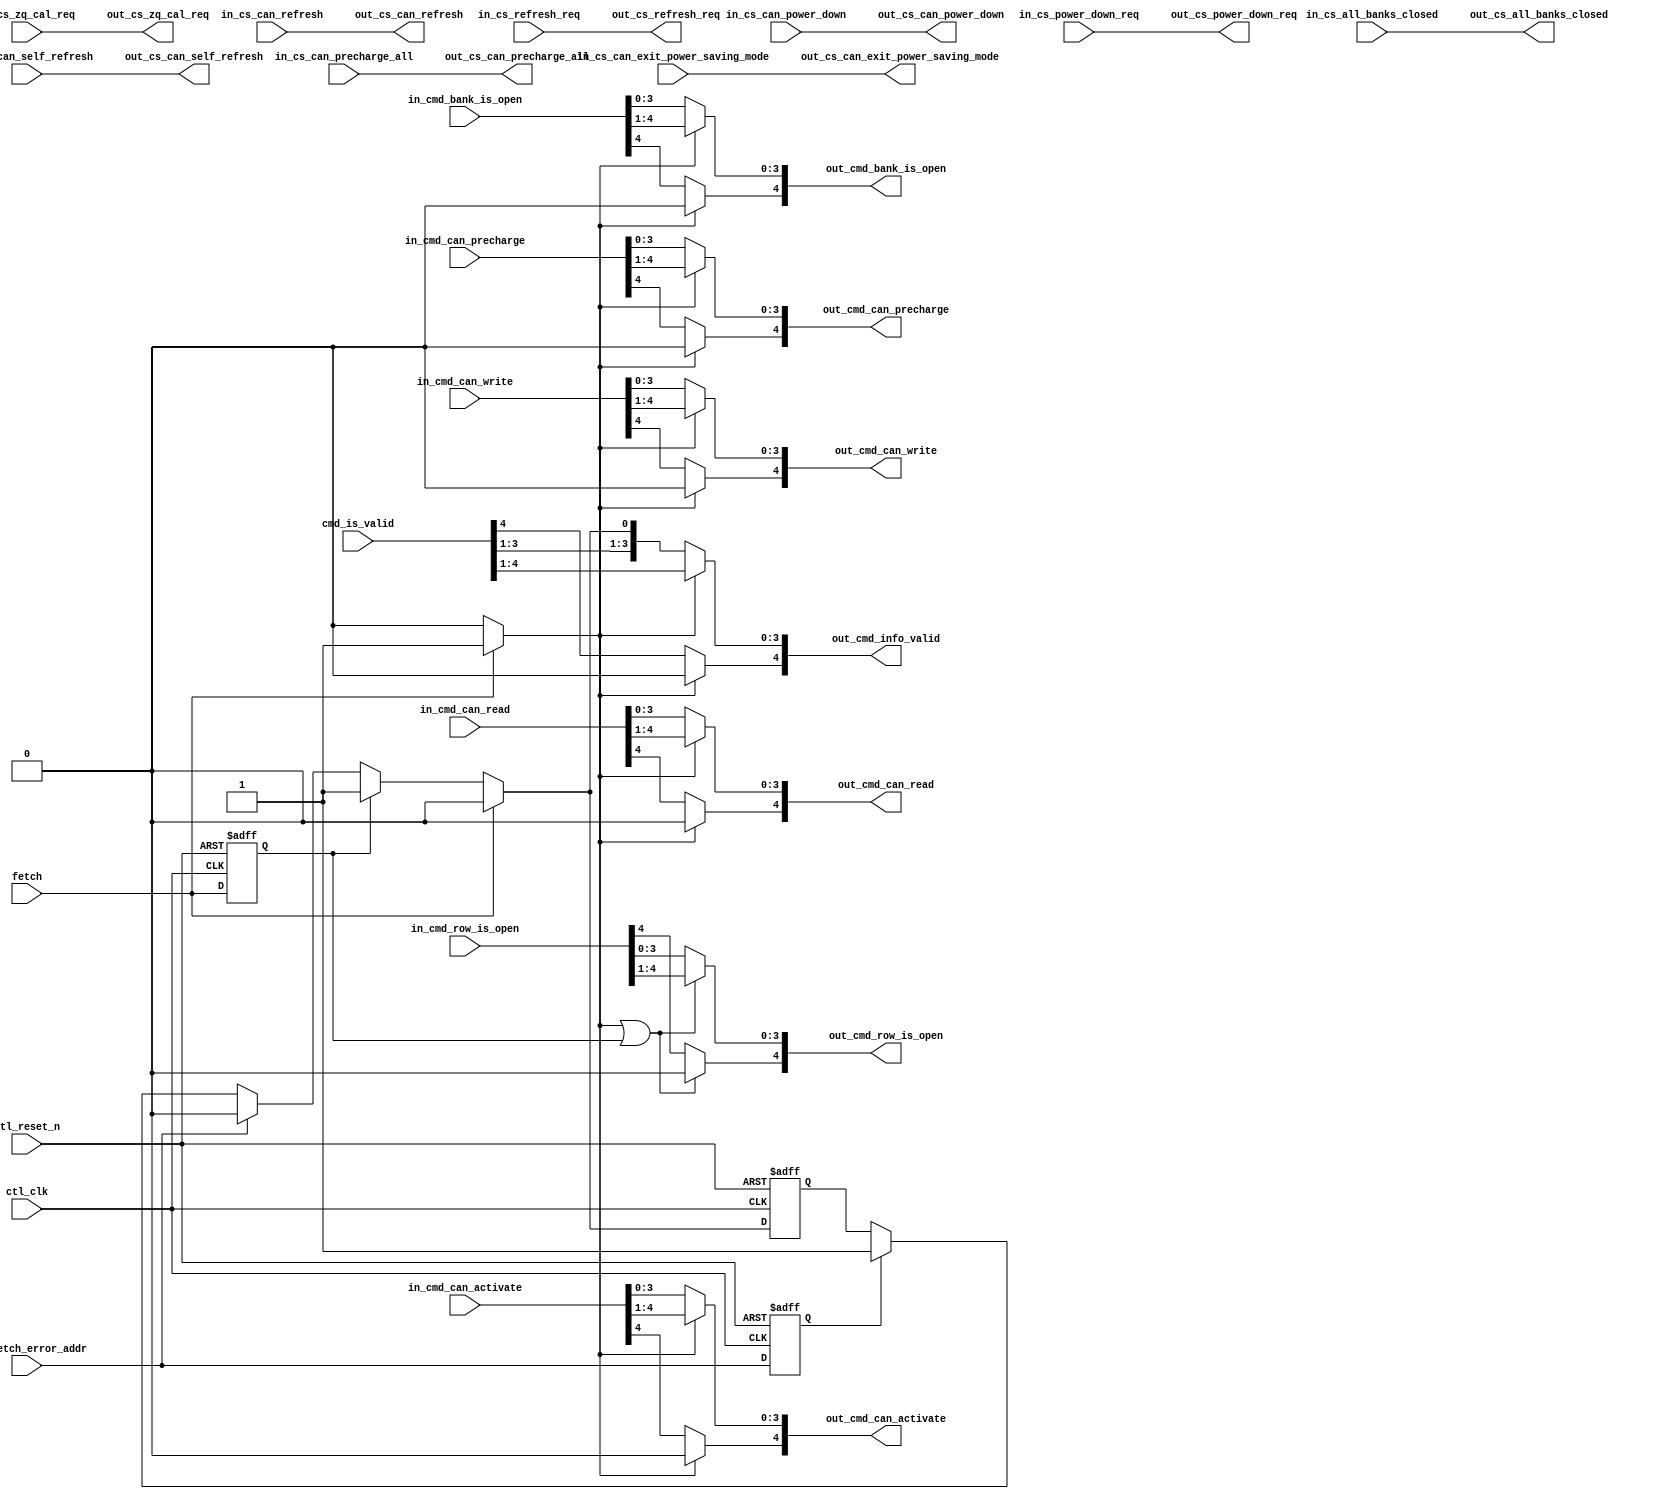
// (C) 2001-2011 Altera Corporation. All rights reserved.
// Your use of Altera Corporation's design tools, logic functions and other 
// software and tools, and its AMPP partner logic functions, and any output 
// files any of the foregoing (including device programming or simulation 
// files), and any associated documentation or information are expressly subject 
// to the terms and conditions of the Altera Program License Subscription 
// Agreement, Altera MegaCore Function License Agreement, or other applicable 
// license agreement, including, without limitation, that your use is for the 
// sole purpose of programming logic devices manufactured by Altera and sold by 
// Altera or its authorized distributors.  Please refer to the applicable 
// agreement for further details.




module ddr2_v10_1_alt_ddrx_cache #
    ( parameter
        MEM_IF_CHIP_BITS                          = 2,
        MEM_IF_CS_WIDTH                           = 4,
        MEM_IF_ROW_WIDTH                          = 16,            
        MEM_IF_BA_WIDTH                           = 3,             
        MEM_TYPE                                  = "DDR3",
        
        DWIDTH_RATIO                              = 2,             
        CLOSE_PAGE_POLICY                         = 1,
        
        CTL_LOOK_AHEAD_DEPTH                      = 4,
        CTL_CMD_QUEUE_DEPTH                       = 8
    )
    (
        ctl_clk,
        ctl_reset_n,
        
        fetch,
        
        ecc_fetch_error_addr,
        
        cmd_is_valid,
        
        in_cs_all_banks_closed,
        in_cs_can_precharge_all,
        in_cs_can_refresh,
        in_cs_can_self_refresh,
        in_cs_can_power_down,
        in_cs_can_exit_power_saving_mode,
        in_cs_zq_cal_req,
        in_cs_power_down_req,
        in_cs_refresh_req,
        in_cmd_bank_is_open,
        in_cmd_row_is_open,
        in_cmd_can_write,
        in_cmd_can_read,
        in_cmd_can_activate,
        in_cmd_can_precharge,
        
        out_cs_all_banks_closed,
        out_cs_can_precharge_all,
        out_cs_can_refresh,
        out_cs_can_self_refresh,
        out_cs_can_power_down,
        out_cs_can_exit_power_saving_mode,
        out_cs_zq_cal_req,
        out_cs_power_down_req,
        out_cs_refresh_req,
        out_cmd_bank_is_open,
        out_cmd_row_is_open,
        out_cmd_can_write,
        out_cmd_can_read,
        out_cmd_can_activate,
        out_cmd_can_precharge,
        out_cmd_info_valid
    );

input  ctl_clk;
input  ctl_reset_n;

input  fetch;

input  ecc_fetch_error_addr;

input  [CTL_CMD_QUEUE_DEPTH  : 0] cmd_is_valid;

input  [MEM_IF_CS_WIDTH - 1  : 0] in_cs_all_banks_closed;
input  [MEM_IF_CS_WIDTH - 1  : 0] in_cs_can_precharge_all;
input  [MEM_IF_CS_WIDTH - 1  : 0] in_cs_can_refresh;
input  [MEM_IF_CS_WIDTH - 1  : 0] in_cs_can_self_refresh;
input  [MEM_IF_CS_WIDTH - 1  : 0] in_cs_can_power_down;
input  [MEM_IF_CS_WIDTH - 1  : 0] in_cs_can_exit_power_saving_mode;
input  [MEM_IF_CS_WIDTH - 1  : 0] in_cs_zq_cal_req;
input  [MEM_IF_CS_WIDTH - 1  : 0] in_cs_power_down_req;
input  [MEM_IF_CS_WIDTH - 1  : 0] in_cs_refresh_req;
input  [CTL_LOOK_AHEAD_DEPTH : 0] in_cmd_bank_is_open;
input  [CTL_LOOK_AHEAD_DEPTH : 0] in_cmd_row_is_open;
input  [CTL_LOOK_AHEAD_DEPTH : 0] in_cmd_can_write;
input  [CTL_LOOK_AHEAD_DEPTH : 0] in_cmd_can_read;
input  [CTL_LOOK_AHEAD_DEPTH : 0] in_cmd_can_activate;
input  [CTL_LOOK_AHEAD_DEPTH : 0] in_cmd_can_precharge;

output [MEM_IF_CS_WIDTH - 1  : 0] out_cs_all_banks_closed;
output [MEM_IF_CS_WIDTH - 1  : 0] out_cs_can_precharge_all;
output [MEM_IF_CS_WIDTH - 1  : 0] out_cs_can_refresh;
output [MEM_IF_CS_WIDTH - 1  : 0] out_cs_can_self_refresh;
output [MEM_IF_CS_WIDTH - 1  : 0] out_cs_can_power_down;
output [MEM_IF_CS_WIDTH - 1  : 0] out_cs_can_exit_power_saving_mode;
output [MEM_IF_CS_WIDTH - 1  : 0] out_cs_zq_cal_req;
output [MEM_IF_CS_WIDTH - 1  : 0] out_cs_power_down_req;
output [MEM_IF_CS_WIDTH - 1  : 0] out_cs_refresh_req;
output [CTL_LOOK_AHEAD_DEPTH : 0] out_cmd_bank_is_open;
output [CTL_LOOK_AHEAD_DEPTH : 0] out_cmd_row_is_open;
output [CTL_LOOK_AHEAD_DEPTH : 0] out_cmd_can_write;
output [CTL_LOOK_AHEAD_DEPTH : 0] out_cmd_can_read;
output [CTL_LOOK_AHEAD_DEPTH : 0] out_cmd_can_activate;
output [CTL_LOOK_AHEAD_DEPTH : 0] out_cmd_can_precharge;
output [CTL_LOOK_AHEAD_DEPTH : 0] out_cmd_info_valid;


/*------------------------------------------------------------------------------

    [START] Registers & Wires

------------------------------------------------------------------------------*/
    /*------------------------------------------------------------------------------
        Cache Logic
    ------------------------------------------------------------------------------*/
    reg                             cache;
    reg  [CTL_LOOK_AHEAD_DEPTH : 0] out_cmd_bank_is_open;
    reg  [CTL_LOOK_AHEAD_DEPTH : 0] out_cmd_row_is_open;
    reg  [CTL_LOOK_AHEAD_DEPTH : 0] out_cmd_can_write;
    reg  [CTL_LOOK_AHEAD_DEPTH : 0] out_cmd_can_read;
    reg  [CTL_LOOK_AHEAD_DEPTH : 0] out_cmd_can_activate;
    reg  [CTL_LOOK_AHEAD_DEPTH : 0] out_cmd_can_precharge;
    
    wire [MEM_IF_CS_WIDTH - 1  : 0] out_cs_all_banks_closed;
    wire [MEM_IF_CS_WIDTH - 1  : 0] out_cs_can_precharge_all;
    wire [MEM_IF_CS_WIDTH - 1  : 0] out_cs_can_refresh;
    wire [MEM_IF_CS_WIDTH - 1  : 0] out_cs_can_self_refresh;
    wire [MEM_IF_CS_WIDTH - 1  : 0] out_cs_can_power_down;
    wire [MEM_IF_CS_WIDTH - 1  : 0] out_cs_can_exit_power_saving_mode;
    wire [MEM_IF_CS_WIDTH - 1  : 0] out_cs_zq_cal_req;
    wire [MEM_IF_CS_WIDTH - 1  : 0] out_cs_power_down_req;
    wire [MEM_IF_CS_WIDTH - 1  : 0] out_cs_refresh_req;
    
    /*------------------------------------------------------------------------------
        Command Valid Logic
    ------------------------------------------------------------------------------*/
    reg  [CTL_LOOK_AHEAD_DEPTH : 0] out_cmd_info_valid;
    reg  [CTL_LOOK_AHEAD_DEPTH : 0] int_cmd_info_valid;
    reg                             int_current_info_valid_r1;
    reg                             fetch_r1;
    reg                             ecc_fetch_error_addr_r1;
    
    /*------------------------------------------------------------------------------
        Assignment
    ------------------------------------------------------------------------------*/
    assign out_cs_all_banks_closed           = in_cs_all_banks_closed;
    assign out_cs_can_precharge_all          = in_cs_can_precharge_all;
    assign out_cs_can_refresh                = in_cs_can_refresh;
    assign out_cs_can_self_refresh           = in_cs_can_self_refresh;
    assign out_cs_can_power_down             = in_cs_can_power_down;
    assign out_cs_can_exit_power_saving_mode = in_cs_can_exit_power_saving_mode;
    assign out_cs_zq_cal_req                 = in_cs_zq_cal_req;
    assign out_cs_power_down_req             = in_cs_power_down_req;
    assign out_cs_refresh_req                = in_cs_refresh_req;
    
/*------------------------------------------------------------------------------

    [END] Registers & Wires

------------------------------------------------------------------------------*/


/*------------------------------------------------------------------------------

    [START] Cache Logic

------------------------------------------------------------------------------*/
    always @ (*)
    begin
        if (fetch)
            cache = 1'b1;
        else
            cache = 1'b0;
    end
    
    /*------------------------------------------------------------------------------
        Cache Logic
    ------------------------------------------------------------------------------*/
    always @ (*)
    begin
        if (cache)
        begin
            out_cmd_bank_is_open  [CTL_LOOK_AHEAD_DEPTH - 1 :                        0] = in_cmd_bank_is_open  [CTL_LOOK_AHEAD_DEPTH : 1];
            out_cmd_can_write     [CTL_LOOK_AHEAD_DEPTH - 1 :                        0] = in_cmd_can_write     [CTL_LOOK_AHEAD_DEPTH : 1];
            out_cmd_can_read      [CTL_LOOK_AHEAD_DEPTH - 1 :                        0] = in_cmd_can_read      [CTL_LOOK_AHEAD_DEPTH : 1];
            out_cmd_can_activate  [CTL_LOOK_AHEAD_DEPTH - 1 :                        0] = in_cmd_can_activate  [CTL_LOOK_AHEAD_DEPTH : 1];
            out_cmd_can_precharge [CTL_LOOK_AHEAD_DEPTH - 1 :                        0] = in_cmd_can_precharge [CTL_LOOK_AHEAD_DEPTH : 1];
            out_cmd_info_valid    [CTL_LOOK_AHEAD_DEPTH - 1 :                        0] = int_cmd_info_valid   [CTL_LOOK_AHEAD_DEPTH : 1];
            
            out_cmd_bank_is_open  [CTL_LOOK_AHEAD_DEPTH]                                = 0;
            out_cmd_can_write     [CTL_LOOK_AHEAD_DEPTH]                                = 0;
            out_cmd_can_read      [CTL_LOOK_AHEAD_DEPTH]                                = 0;
            out_cmd_can_activate  [CTL_LOOK_AHEAD_DEPTH]                                = 0;
            out_cmd_can_precharge [CTL_LOOK_AHEAD_DEPTH]                                = 0;
            out_cmd_info_valid    [CTL_LOOK_AHEAD_DEPTH]                                = 0;
        end
        else
        begin
            out_cmd_bank_is_open                                                        = in_cmd_bank_is_open;
            out_cmd_can_write                                                           = in_cmd_can_write;
            out_cmd_can_read                                                            = in_cmd_can_read;
            out_cmd_can_activate                                                        = in_cmd_can_activate;
            out_cmd_can_precharge                                                       = in_cmd_can_precharge;
            out_cmd_info_valid                                                          = int_cmd_info_valid;
        end
    end
    
    always @ (*)
    begin
        if (cache || fetch_r1)
        begin
            out_cmd_row_is_open   [CTL_LOOK_AHEAD_DEPTH - 1 :                        0] = in_cmd_row_is_open   [CTL_LOOK_AHEAD_DEPTH : 1];
            out_cmd_row_is_open   [CTL_LOOK_AHEAD_DEPTH]                                = 0;
        end
        else
        begin
            out_cmd_row_is_open                                                         = in_cmd_row_is_open;
        end
    end
/*------------------------------------------------------------------------------

    [END] Cache Logic

------------------------------------------------------------------------------*/


/*------------------------------------------------------------------------------

    [START] Command Valid Logic

------------------------------------------------------------------------------*/
    always @ (posedge ctl_clk or negedge ctl_reset_n)
    begin
        if (!ctl_reset_n)
        begin
            fetch_r1                <= 1'b0;
            ecc_fetch_error_addr_r1 <= 1'b0;
        end
        else
        begin
            fetch_r1                <= fetch;
            ecc_fetch_error_addr_r1 <= ecc_fetch_error_addr;
        end
    end
    
    generate
        genvar z_lookahead;
        for (z_lookahead = 1; z_lookahead < CTL_LOOK_AHEAD_DEPTH + 1;z_lookahead = z_lookahead + 1)
        begin : cmd_valid_logic_per_lookahead
            always @ (*)
            begin
                int_cmd_info_valid [z_lookahead] = cmd_is_valid [z_lookahead];
            end
        end
    endgenerate
    
    always @ (*)
    begin
        if (fetch)
            int_cmd_info_valid [0] = 1'b0;
        else if (fetch_r1)
            int_cmd_info_valid [0] = 1'b1;
        else if (ecc_fetch_error_addr)
            int_cmd_info_valid [0] = 1'b0;
        else if (ecc_fetch_error_addr_r1)
            int_cmd_info_valid [0] = 1'b1;
        else
            int_cmd_info_valid [0] = int_current_info_valid_r1;
    end
    
    always @ (posedge ctl_clk or negedge ctl_reset_n)
    begin
        if (!ctl_reset_n)
            int_current_info_valid_r1 <= 1'b0;
        else
            int_current_info_valid_r1 <= int_cmd_info_valid [0];
    end
/*------------------------------------------------------------------------------

    [END] Command Valid Logic

------------------------------------------------------------------------------*/













endmodule